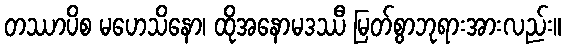
တဿာပိစ မဟေသိနော၊ ထိုအနောမဒဿီ မြတ်စွာဘုရားအားလည်း။